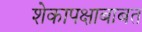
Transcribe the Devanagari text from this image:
शेकापक्षाबाबत